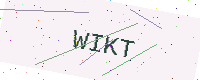
Text: WIKT